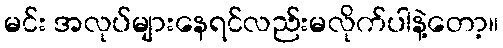
မင်း အလုပ်များနေရင်လည်းမလိုက်ပါနဲ့တော့။